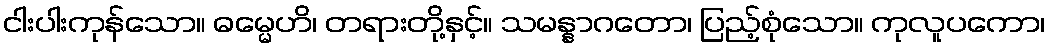
ငါးပါးကုန်သော။ ဓမ္မေဟိ၊ တရားတို့နှင့်။ သမန္နာဂတော၊ ပြည့်စုံသော။ ကုလူပကော၊